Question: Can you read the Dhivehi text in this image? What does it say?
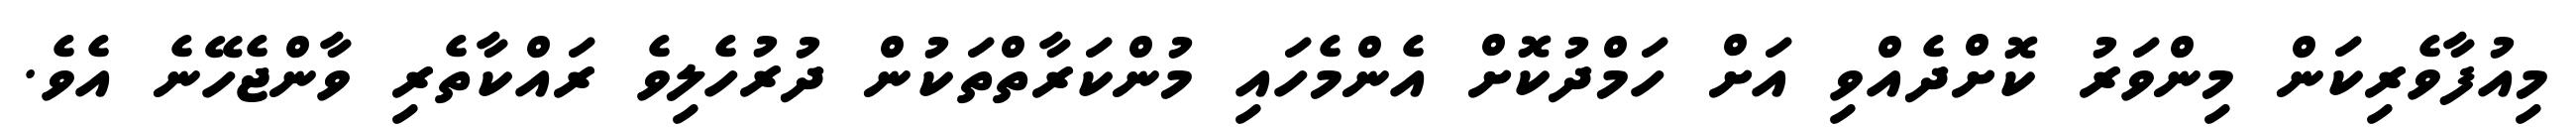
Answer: މިއުފާވެރިކަން މިންވަރު ކޮށްދެއްވި އަށް ހަމްދުކޮށް އެންމެހައި މުންކަރާތްތަކުން ދުރުހެލިވެ ރައްކާތެރި ވާންޖެހޭނެ އެވެ.